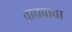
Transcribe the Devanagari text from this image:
वाचवावा